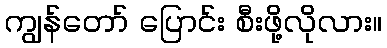
ကျွန်တော် ပြောင်း စီးဖို့လိုလား။